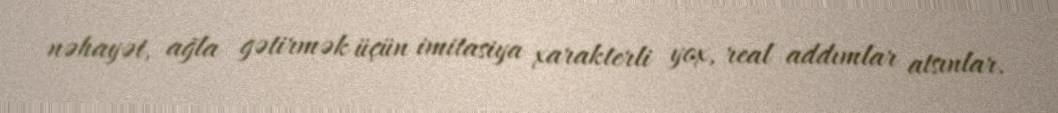
nəhayət, ağla gətirmək üçün imitasiya xarakterli yox, real addımlar atsınlar.